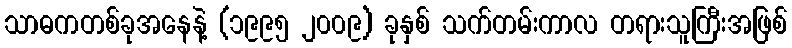
သာဓကတစ်ခုအနေနဲ့ (၁၉၉၅ ၂၀၀၉) ခုနှစ် သက်တမ်းကာလ တရားသူကြီးအဖြစ်